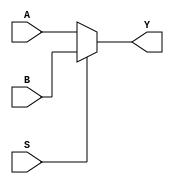
`timescale 1ns / 1ps
`default_nettype none
//1-bit wide multiplexer using behavioral constructs

module two_one_mux(Y, A, B, S);//defined module name and interface
	//output and input ports
	output reg Y;//modified in an always block
	input wire A, B, S;//input wires
	
	always@(A or B or S)//always block which triggers when A,B, or S change
		begin//block constructs together
			//Note: 1`b0 represents a 1-bit binary value of 0
			if(S == 1'b0)//comparison if
				Y = A; //drive Y with A
			else
				Y = B; //drive Y with B
		end//end of block
		
endmodule //end of module